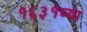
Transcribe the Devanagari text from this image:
१६३१च्या